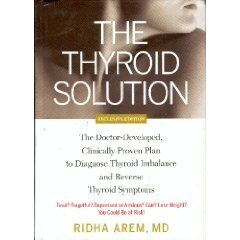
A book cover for The Thyroid Solution; Ridha Arem; Health, Fitness & Dieting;